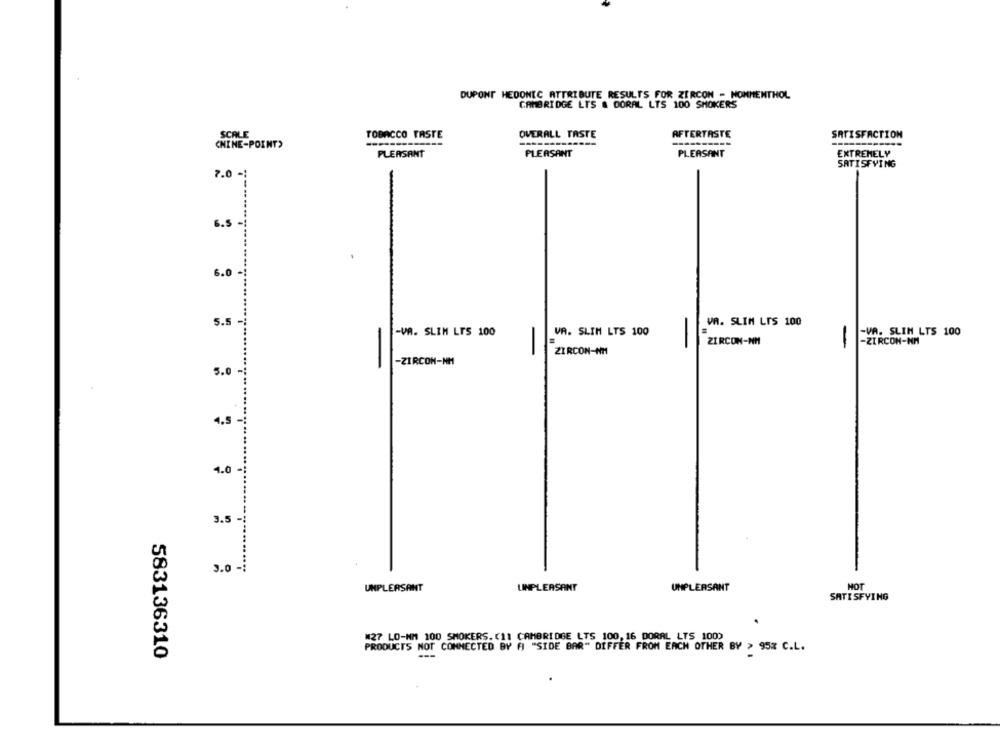
DUPONT HEDONEC_ATTRIBUTE RESULTS FOR ZIRCON - NOMMENTHOL
CAMBRIDGE LTS & DORAL LTS 100 SMOKERS
SCALE
TOBACCO TASTE
OVERALL TASTE
AFTERTASTE
SATISFACTION
---------
CHINE-POINT>
PLEASANT
PLEASANT
PLEASANT
EXTREMELY
SATISFYING
7.0 -
6.5 -
6.0 -
5.5.
VA. SLIM LIS 100
-VA. SLIM LIS 100
-VA. SLIM LTS 100
VA. SLIM LTS 100
-
ZIRCON-NM
-
-ZIRCON-MM
-
ZIRCON-NM
-ZIRCON-NM
-
5.0 -
4.5 -
4.0
3.5 -
3.0 -:
HOT
UNPLEASANT
UNPLEASANT
UNPLEASANT
SATISFYING
#27 LO-NM 100 SMOKERS. (11 CAMBRIDGE LTS 100, 16 DORAL LTS 100)
PRODUCTS NOT CONNECTED BY F "SIDE BAR" DIFFER FROM EACH OTHER BY > 95% C.L.
583136310